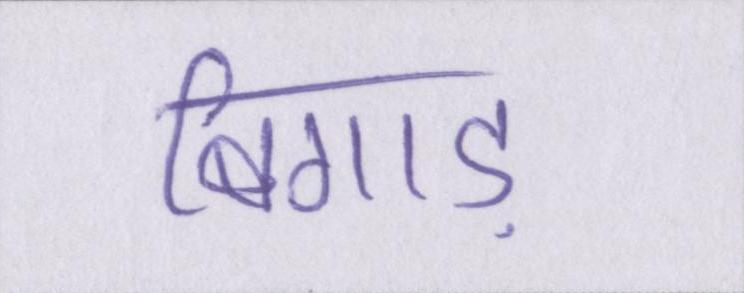
बिगाड़